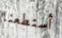
أستطعنا